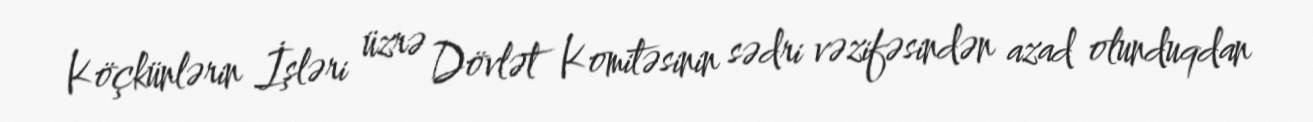
Köçkünlərin İşləri üzrə Dövlət Komitəsinin sədri vəzifəsindən azad olunduqdan